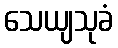
သေယျသုခံ